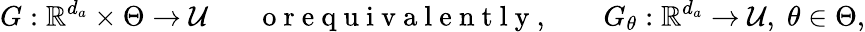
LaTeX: G:\mathbb{R}^{d_{a}}\times\Theta\rightarrow\mathcal{U}\; \; \; \; \; \; \mathrm{~o~r~e~q~u~i~v~a~l~e~n~t~l~y~,~}\; \; \; \; \; \; G_{\theta}:\mathbb{R}^{d_{a}}\rightarrow\mathcal{U},\; \theta\in\Theta,